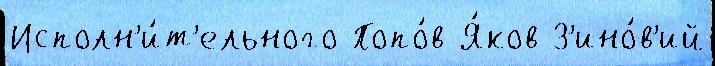
Исполн'и́т'ельного Попо́в Я́ков З'ино́в'ий